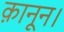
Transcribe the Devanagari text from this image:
क़ानून।